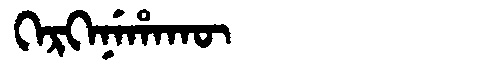
Manchu: ᡴᡝᡵᡴᡝᠨᡝᡥᠠᡴᡡ
Romanization: KERKENEHAKŪ